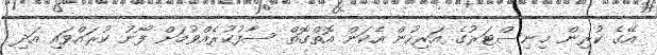
އޭގެ ކުރިން މިނިސްޓަރުގެ އަރިހުން އެކަން އޮތްގޮތް ސާފުކުރެއްވުމަށް ފޯނު ކުރައްވައި އަދި